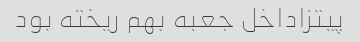
پیتزاداخل جعبه بهم ریخته بود